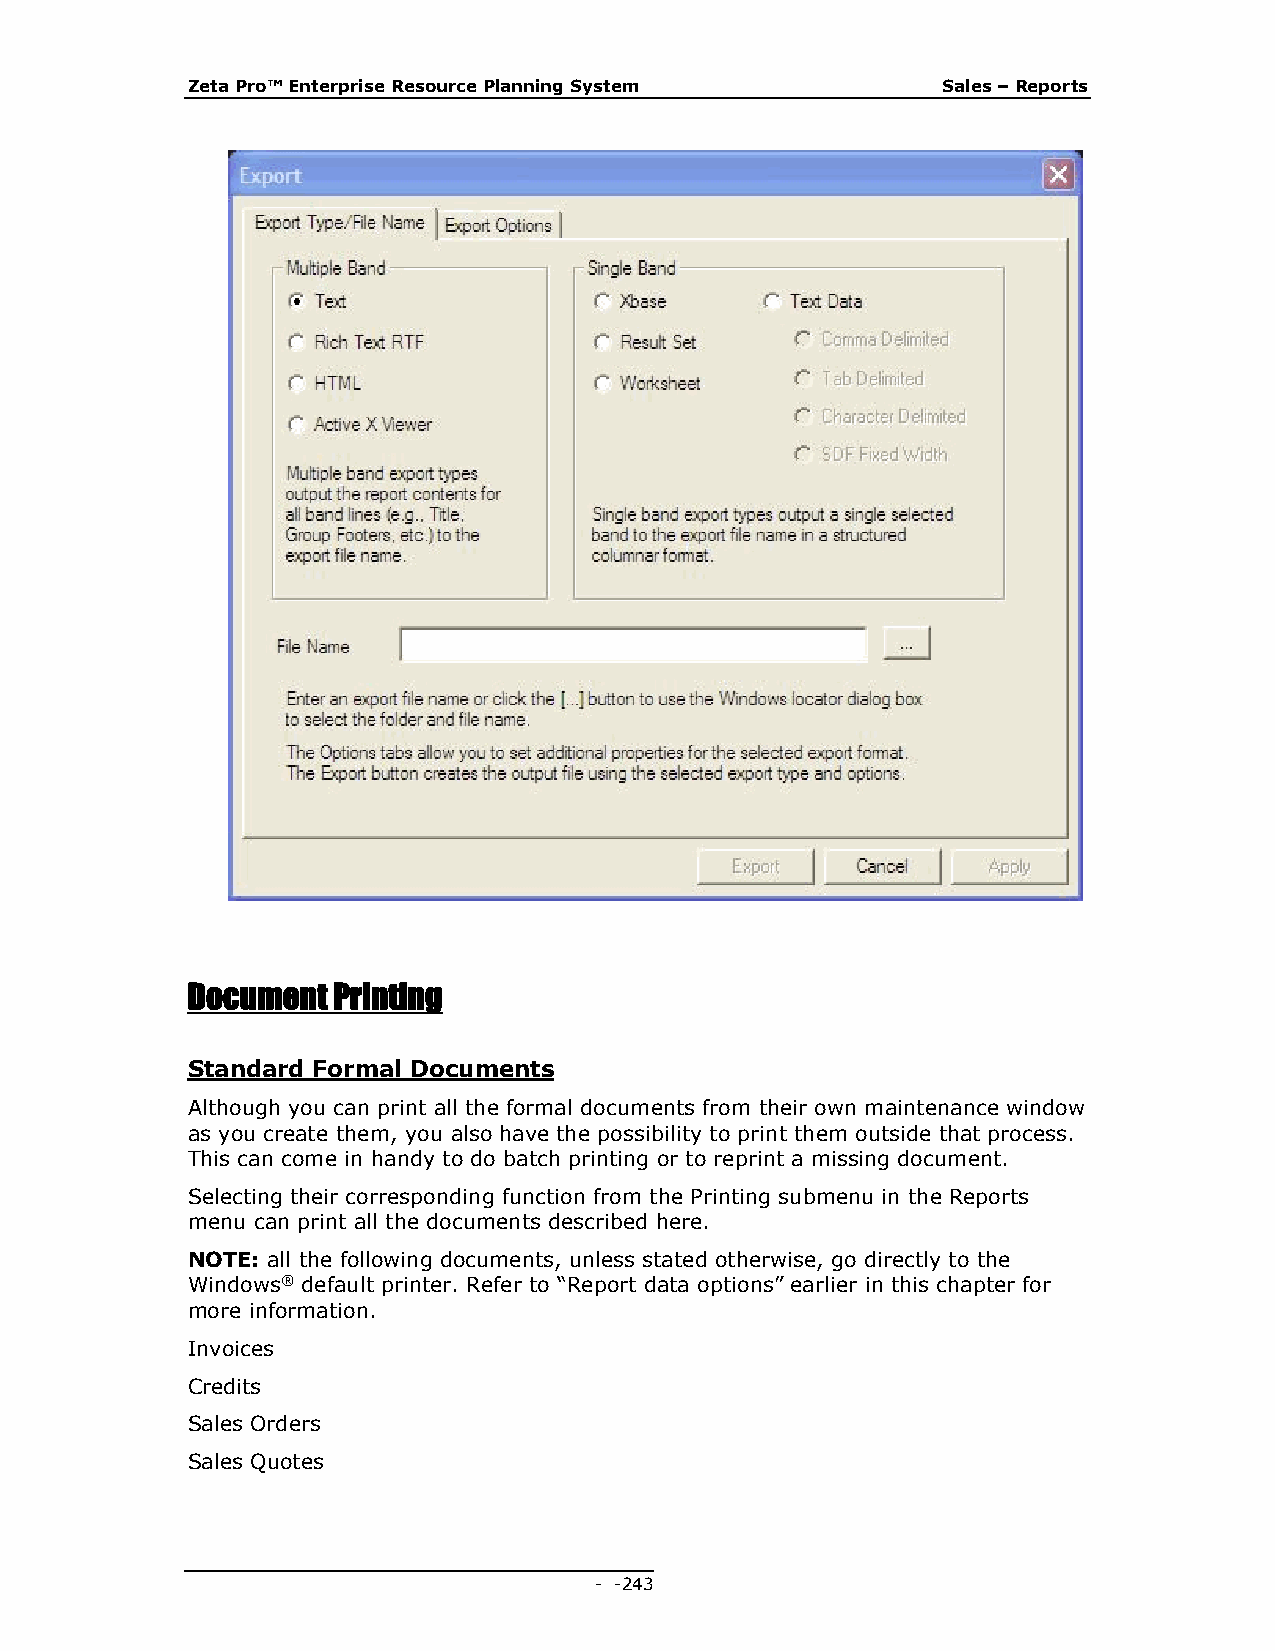
Zeta Pro™ Enterprise Resource Planning System     Sales – Reports
 Document  Printing
 Standard Formal Documents
 Although you can print all the formal documents from their own maintenance window
 as you create them, you also have the possibility to print them outside that process.
 This can come in handy to do batch printing or to reprint a missing document.
 Selecting their corresponding function from the Printing submenu in the Reports
 menu can print all the documents described here.
 NOTE: all the following documents, unless stated otherwise, go directly to the
 Windows® default printer. Refer to “Report data options” earlier in this chapter for
 more information.
 Invoices
 Credits
 Sales Orders
 Sales Quotes
 - - 243